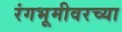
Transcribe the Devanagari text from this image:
रंगभूमीवरच्या